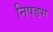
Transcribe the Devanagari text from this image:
निषङग